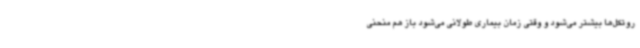
روتکل‌ها بیشتر می‌شود و وقتی زمان بیماری طولانی می‌شود باز هم منحنی